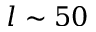
l \sim 5 0